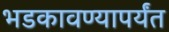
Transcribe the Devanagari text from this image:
भडकावण्यापर्यंत